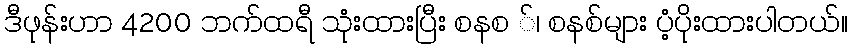
ဒီဖုန်းဟာ 4200 ဘက်ထရီ သုံးထားပြီး စနစ ်၊ စနစ်များ ပံ့ပိုးထားပါတယ်။